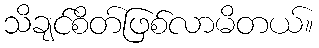
သိချင်စိတ်ဖြစ်လာမိတယ်။